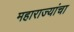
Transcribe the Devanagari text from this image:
महाराज्यांचा